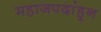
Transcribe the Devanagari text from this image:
महाजपदांहून